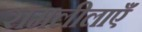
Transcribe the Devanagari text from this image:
रामलीलाएँ